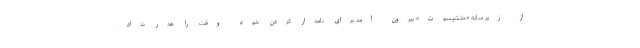
از زیر سایه «حتشپسوت» بیرون آمد برای نامدار کردن خود وقت را هدر نداد.